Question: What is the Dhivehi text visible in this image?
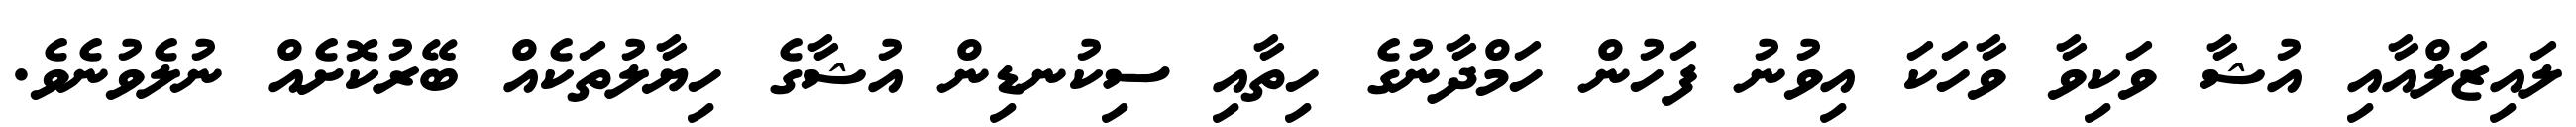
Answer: ލައިޒަލްއާއި އުޝާ ވަކިވާ ވާހަކަ އިވުނު ފަހުން ހަމްދާނުގެ ހިތާއި ސިކުނޑިން އުޝާގެ ހިޔާލުތަކެއް ބޭރުކޮށެއް ނުލެވުނެވެ.